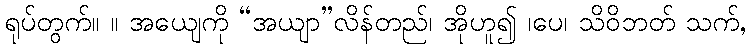
ရုပ်တွက်။ ။ အယျေကို “အယျာ”လိန်တည်၊ အိုဟူ၍ ၊ပေ၊ သိဝိဘတ် သက်,